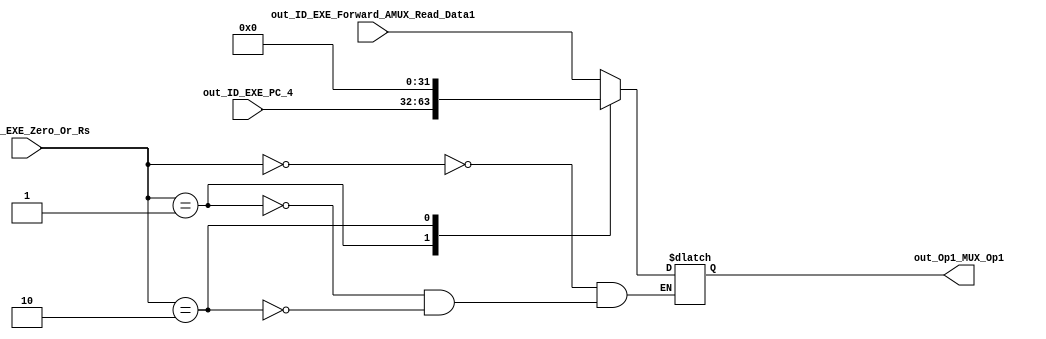
module Op1_MUX(

input [1:0]out_ID_EXE_Zero_Or_Rs,
input [31:0]out_ID_EXE_Forward_AMUX_Read_Data1,
input [31:0]out_ID_EXE_PC_4,
output reg [31:0] out_Op1_MUX_Op1);

always@(*)begin
case(out_ID_EXE_Zero_Or_Rs)
0:out_Op1_MUX_Op1=out_ID_EXE_Forward_AMUX_Read_Data1;
1:out_Op1_MUX_Op1=out_ID_EXE_PC_4;
2:out_Op1_MUX_Op1=0;
endcase
end
endmodule